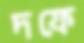
দফে